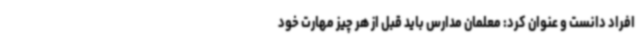
افراد دانست و عنوان کرد: معلمان مدارس باید قبل از هر چیز مهارت خود